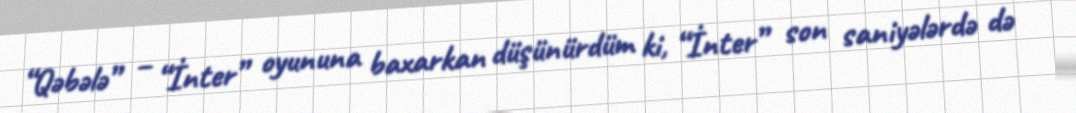
“Qəbələ” – “İnter” oyununa baxarkan düşünürdüm ki, “İnter” son saniyələrdə də